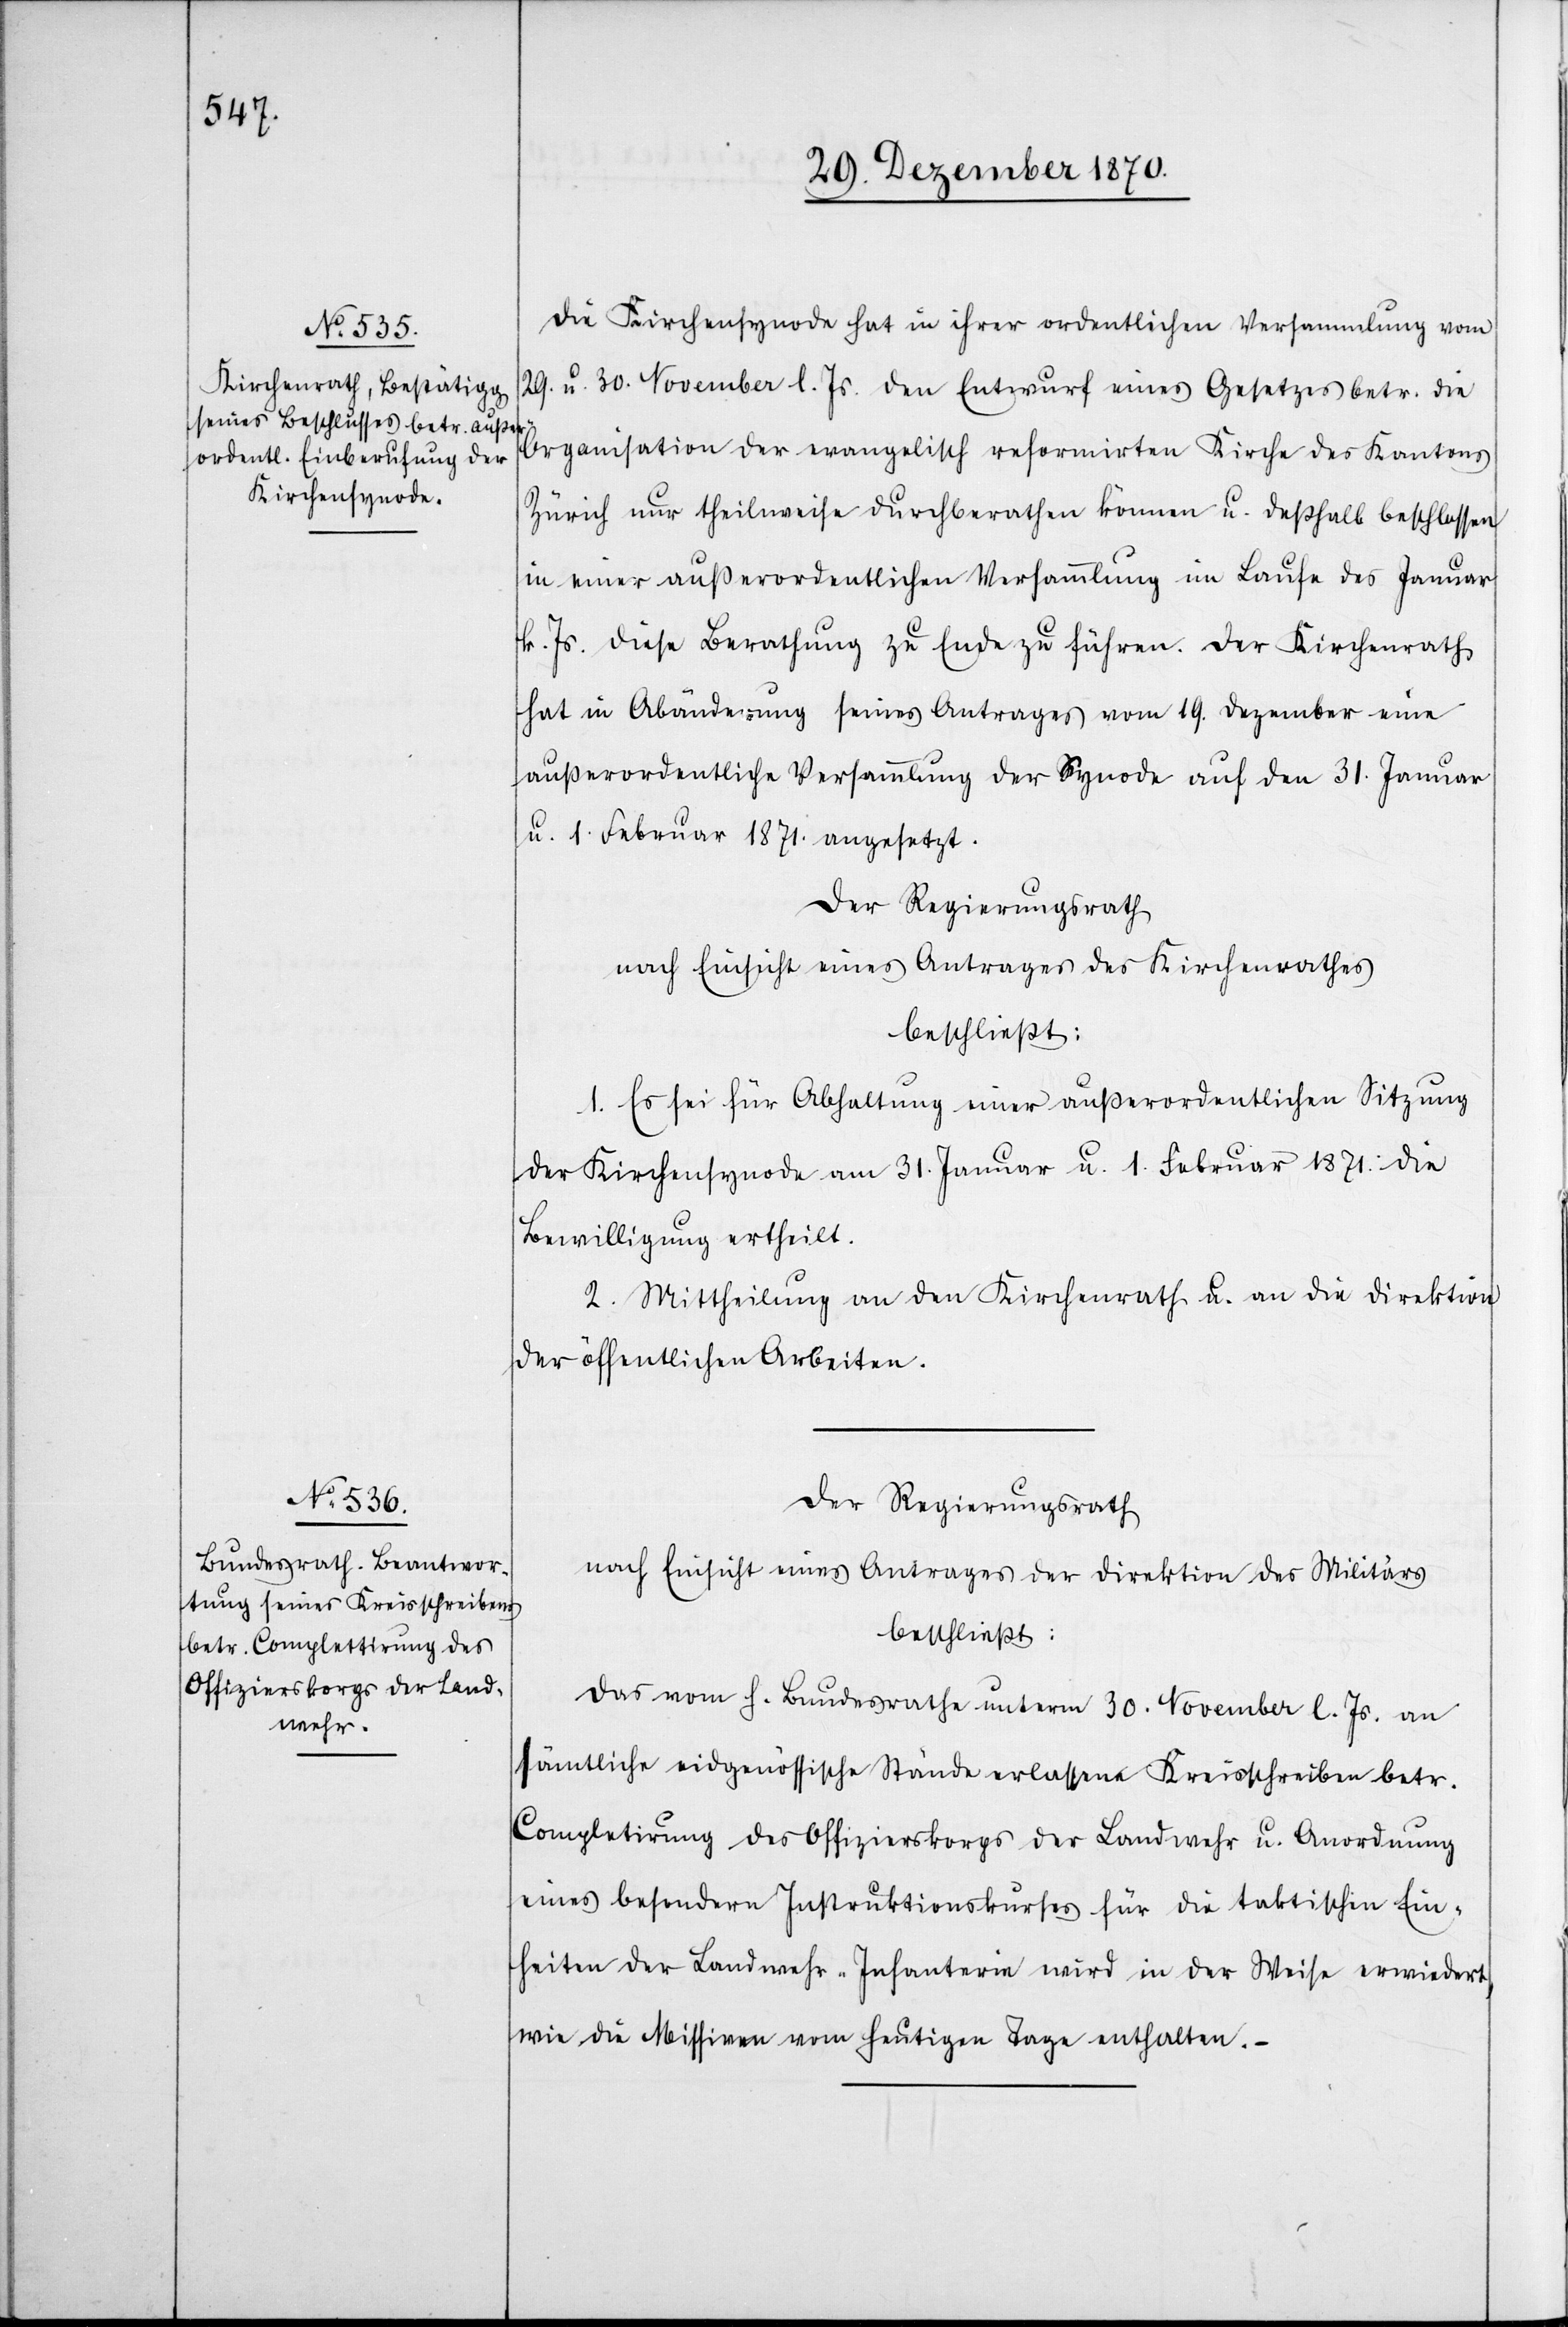
Die Kirchensynode hat in ihrer ordentlichen Versammlung vom
29. u. 30. November l. Js. den Entwurf eines Gesetzes betr. die
Organisation der evangelisch reformirten Kirche des Kantons
Zürich nur theilweise durchberathen können u. deßhalb beschlossen
in einer außerordentlichen Versammlung im Laufe des Januar
k. Js. diese Berathung zu Ende zu führen. Der Kirchenrath
hat in Abänderung seines Antrages vom 19. Dezember eine
außerordentliche Versammlung der Synode auf den 31. Januar
u. 1. Februar 1871. angesetzt.
Der Regierungsrath
nach Einsicht eines Antrages des Kirchenrathes
beschließt:
1. Es sei für Abhaltung einer außerordentlichen Sitzung
der Kirchensynode am 31. Januar u. 1. Februar 1871. die
Bewilligung ertheilt.
2. Mittheilung an den Kirchenrath u. an die Direktion
der öffentlichen Arbeiten.
Der Regierungsrath,
nach Einsicht eines Antrages der Direktion des Militärs
beschließt:
Das vom h. Bundesrathe unterm 30. November l. Js. an
sämtliche eidgenössische Stände erlassene Kreisschreiben betr.
Completirung des Offizierskorps der Landwehr u. Anordnung
eines besondern Instruktionskurses für die taktischen Ein¬
heiten der Landwehr-Infanterie wird in der Weise erwiedert,
wie die Missiven vom heutigen Tage enthalten.